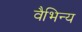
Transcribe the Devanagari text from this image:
वैभिन्य